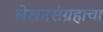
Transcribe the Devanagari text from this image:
लेखनसंग्रहाचा